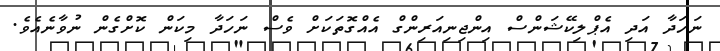
ނަހަދާ އަދި އެޕްލިކޭޝަންސް އިންޖިނިއަރިންގް އެއްގޮތަކަށް ވެސް ނަހަދާ މިކަން ކޮށްގެން ނުވާނެއެވެ.